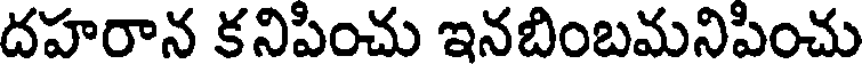
దహరాన కనిపించు ఇనబింబమనిపించు